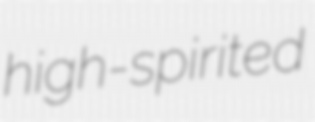
high-spirited